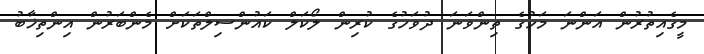
މީގެއިތުރުން އަންނަ މަހުގެ ތިންވަނަ ދުވަހުގެ ކުރިން ލޯކަލް ކައުންސިލްތަކަށް މެންބަރުން އިންތިޚާބު